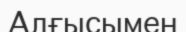
Алғысымен